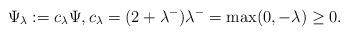
LaTeX: \begin{align*} \Psi_\lambda:= c_\lambda\Psi, c_\lambda=(2+\lambda^-)\lambda^-=\max(0,-\lambda)\geq0.\end{align*}